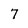
Character: 7